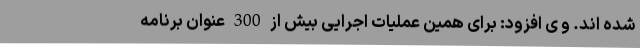
شده اند. و ی افزود: برای همین عملیات اجرایی بیش از 300 عنوان برنامه